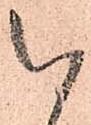
以